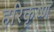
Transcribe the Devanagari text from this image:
हरिकॄष्ण